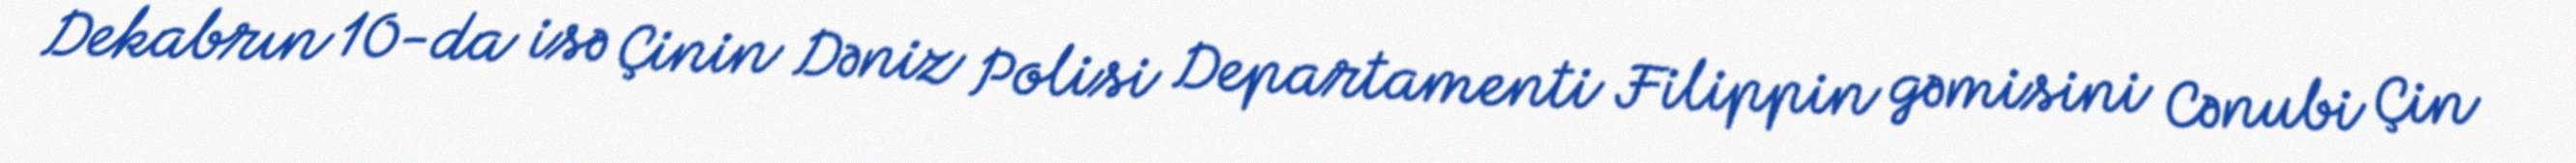
Dekabrın 10-da isə Çinin Dəniz Polisi Departamenti Filippin gəmisini Cənubi Çin